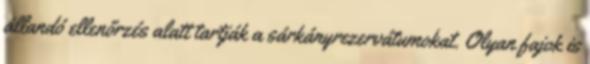
állandó ellenőrzés alatt tartják a sárkányrezervátumokat. Olyan fajok is